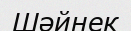
Шәйнек